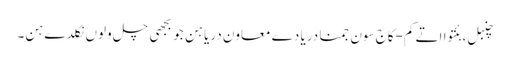
چنبل، بئتوا اتے کم-کاج سون جمنا دریا دے معاون دریا ہن جو بجھی چل ولوں نکلدے ہن۔